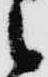
候